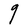
Character: g